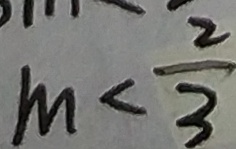
m < \frac { 2 } { 3 }